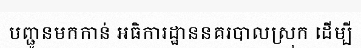
បញ្ជូនមកកាន់ អធិការដ្ឋាននគរបាលស្រុក ដើម្បី